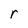
Character: r